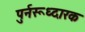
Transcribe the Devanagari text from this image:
पुर्नरूध्दारक